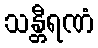
သန္တီရဏံ